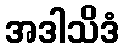
အဒါသိဒံ